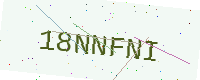
Text: 18NNFNI